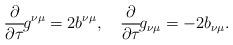
LaTeX: \begin{align*}\frac{\partial}{\partial\tau}\!g^{\nu\mu}=2b^{\nu\mu},\hspace{1em}\frac{\partial}{\partial\tau}\!g_{\nu\mu}=-2b_{\nu\mu}.\end{align*}